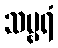
သမ္ဗရံ